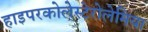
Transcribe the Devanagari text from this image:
हाइपरकोलेस्टेरोलेमिया